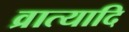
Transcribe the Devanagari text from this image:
व्रात्यादि